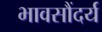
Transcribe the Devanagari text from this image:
भावसौंदर्य